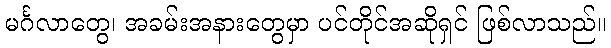
မင်္ဂလာတွေ၊ အခမ်းအနားတွေမှာ ပင်တိုင်အဆိုရှင် ဖြစ်လာသည်။